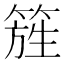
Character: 𥰁